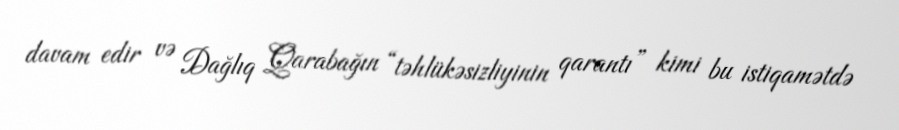
davam edir və Dağlıq Qarabağın “təhlükəsizliyinin qarantı” kimi bu istiqamətdə